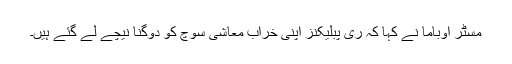
مسٹر اوباما نے کہا کہ ری پبلیکنز اپنی خراب معاشی سوچ کو دوگنا نیچے لے گئے ہیں۔